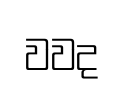
වවද